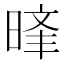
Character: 𣈝